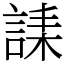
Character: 䛶